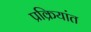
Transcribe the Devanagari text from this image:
प्रक्रियांत